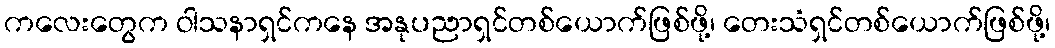
ကလေးတွေက ဝါသနာရှင်ကနေ အနုပညာရှင်တစ်ယောက်ဖြစ်ဖို့၊ တေးသံရှင်တစ်ယောက်ဖြစ်ဖို့၊